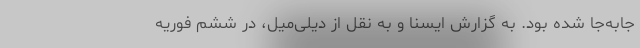
جابه‌جا شده بود. به گزارش ایسنا و به نقل از دیلی‌میل، در ششم فوریه